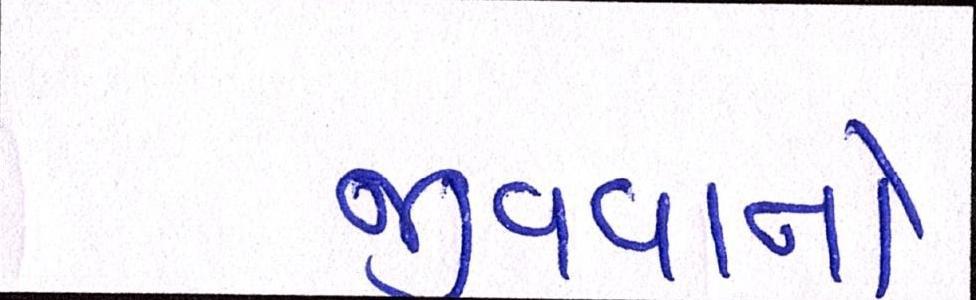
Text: જીવવાનો